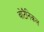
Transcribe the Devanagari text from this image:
वोटैनिकल